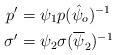
LaTeX: \begin{align*} p'&=\psi_{1}p(\hat{\psi}_{o})^{-1} \\\sigma'&=\psi_{2}\sigma(\overline{\psi}_{2})^{-1}\end{align*}